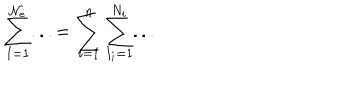
\sum _ { I = 1 } ^ { \mathcal { N } _ { e } } . . . = \sum _ { i = 1 } ^ { n } \sum _ { I _ { i } = 1 } ^ { N _ { i } } . . .